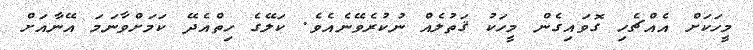
މީހަކަށް އެއްޗެހި ގޮވައިގެން މީހަކު ޤަތުލެއް ނުކުރެވޭނެއެވެ. ކަލޭގެ ހިތްއެދޭ ކަމަށްވާނަމަ އޭނާއަށް